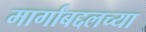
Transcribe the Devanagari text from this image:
मार्गांबद्दलच्या